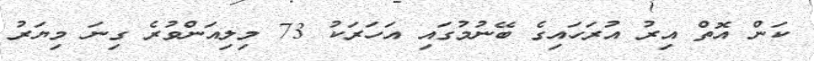
ކަން އޮތް އިރު އުރަހައިގެ ބޭނުމުގައި އަހަރަކު 73 މިލިއަންވުރެ ގިނަ މިޔަރު